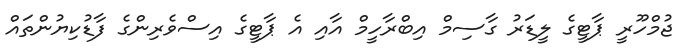
ޖުމްހޫރީ ޕާޓީގެ ލީޑަރު ގާސިމް އިބްރާހީމް އާއި އެ ޕާޓީގެ އިސްވެރިންގެ ފާޑުކިޔުންތައް